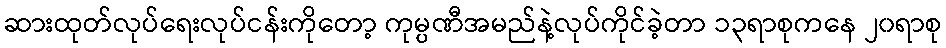
ဆားထုတ်လုပ်ရေးလုပ်ငန်းကိုတော့ ကုမ္ပဏီအမည်နဲ့လုပ်ကိုင်ခဲ့တာ ၁၃ရာစုကနေ ၂၀ရာစု